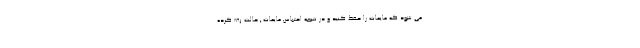
می شود که مایعات را حفظ کنید و در نتیجه احتباس مایعات , حالت پف کرده